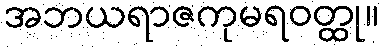
အဘယရာဇကုမရဝတ္ထု။